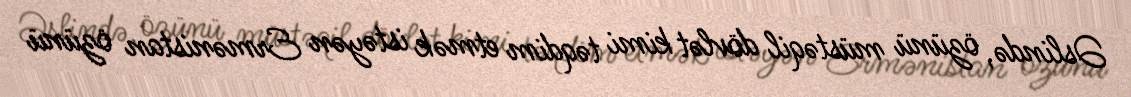
Əslində, özünü müstəqil dövlət kimi təqdim etmək istəyən Ermənistan özünü